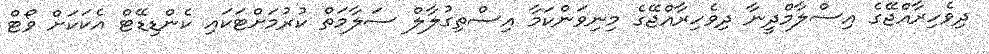
ދިވެހިރާއްޖޭގެ އިސްލާމްދީނާ ދިވެހިރާއްޖޭގެ މިނިވަންކަމާ އިސްތިގުލާލް ސަލާމަތް ކުރުމަށްޓަކައި ކެންޑިޑޭޓް އެކަކަށް ވޯޓް